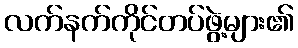
လက်နက်ကိုင်တပ်ဖွဲ့များ၏